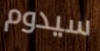
سيدوم